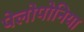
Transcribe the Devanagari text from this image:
पेलोपोनिया